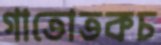
গাতোতকচ